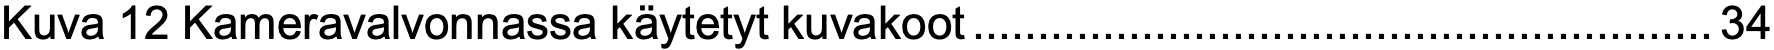
Kuva 12 Kameravalvonnassa käytetyt kuvakoot.........................................................34